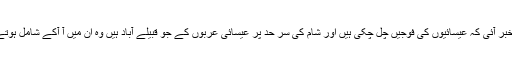
ساتھ ہی یہ خبر آئی کہ عیسائیوں کی فوجیں چل چکی ہیں اور شام کی سر حد پر عیسائی عربوں کے جو قبیلے آباد ہیں وہ ان میں آ آکے شامل ہوتے جاتے ہیں۔